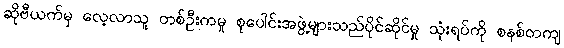
ဆိုဗီယက်မှ လေ့လာသူ တစ်ဦးကမူ စုပေါင်းအဖွဲ့များသည်ပိုင်ဆိုင်မှု သုံးရပ်ကို စနစ်တကျ